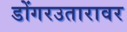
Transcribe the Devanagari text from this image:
डोंगरउतारावर